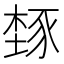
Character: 𬤾